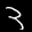
Label: 3